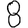
Digit: 8